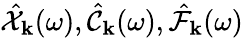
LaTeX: \hat{\mathcal{X}}_{\mathbf k}(\omega),\hat{\mathcal{C}}_{\mathbf k}(\omega),\hat{\mathcal{F}}_{\mathbf k}(\omega)